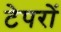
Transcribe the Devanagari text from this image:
टेपरों